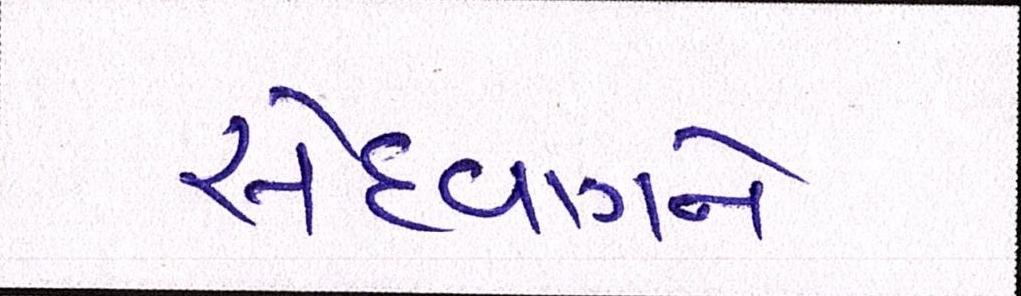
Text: સેહવાગને